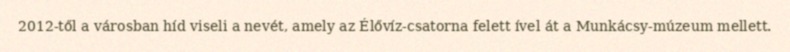
2012-től a városban híd viseli a nevét, amely az Élővíz-csatorna felett ível át a Munkácsy-múzeum mellett.